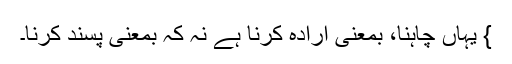
} یہاں چاہنا، بمعنی ارادہ کرنا ہے نہ کہ بمعنی پسند کرنا۔